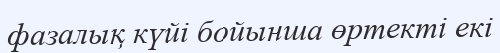
фазалық күйі бойынша өртекті екі